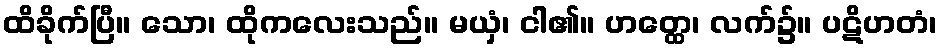
ထိခိုက်ပြီ။ သော၊ ထိုကလေးသည်။ မယှံ၊ ငါ၏။ ဟတ္ထေ၊ လက်၌။ ပဋိဟတံ၊